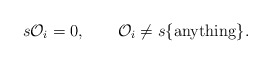
\begin{align*}s {\cal O}_i =0,\quad\quad{\cal O}_i \ne s\{{\rm anything} \}.\end{align*}